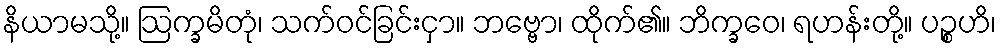
နိယာမသို့။ ဩက္ခမိတုံ၊ သက်ဝင်ခြင်းငှာ။ ဘဗ္ဗော၊ ထိုက်၏။ ဘိက္ခဝေ၊ ရဟန်းတို့။ ပဉ္စဟိ၊